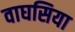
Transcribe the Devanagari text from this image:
वाघसिया